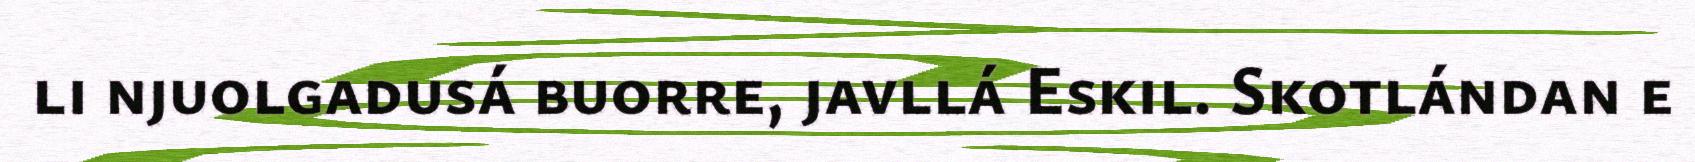
li njuolgadusá buorre, javllá Eskil. Skotlándan e